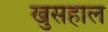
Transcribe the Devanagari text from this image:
खुसहाल